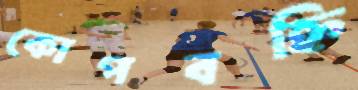
কোপবহ্নি